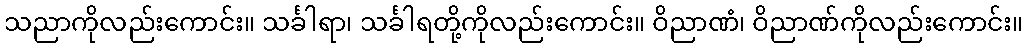
သညာကိုလည်းကောင်း။ သင်္ခါရာ၊ သင်္ခါရတို့ကိုလည်းကောင်း။ ဝိညာဏံ၊ ဝိညာဏ်ကိုလည်းကောင်း။